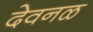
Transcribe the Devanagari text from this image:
देवनळ